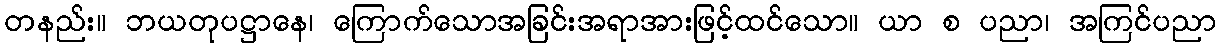
တနည်း။ ဘယတုပဋ္ဌာနေ၊ ကြောက်သောအခြင်းအရာအားဖြင့်ထင်သော။ ယာ စ ပညာ၊ အကြင်ပညာ